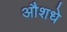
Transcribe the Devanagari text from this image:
औशधे